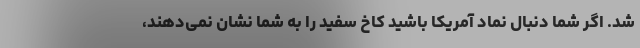
شد. اگر شما دنبال نماد آمریکا باشید کاخ سفید را به شما نشان نمی‌دهند،